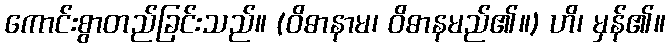
ကောင်းစွာတည်ခြင်းသည်။ (ဝိဓာနာမ၊ ဝိဓာနမည်၏။) ဟိ၊ မှန်၏။